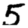
Digit: 5